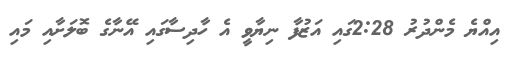
އިއްޔެ މެންދުރު 2:28ގައި އަޒުފާ ނިޔާވީ އެ ހާދިސާގައި އޭނާގެ ބޮލަށާއި މައި